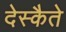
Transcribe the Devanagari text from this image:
देस्कैते